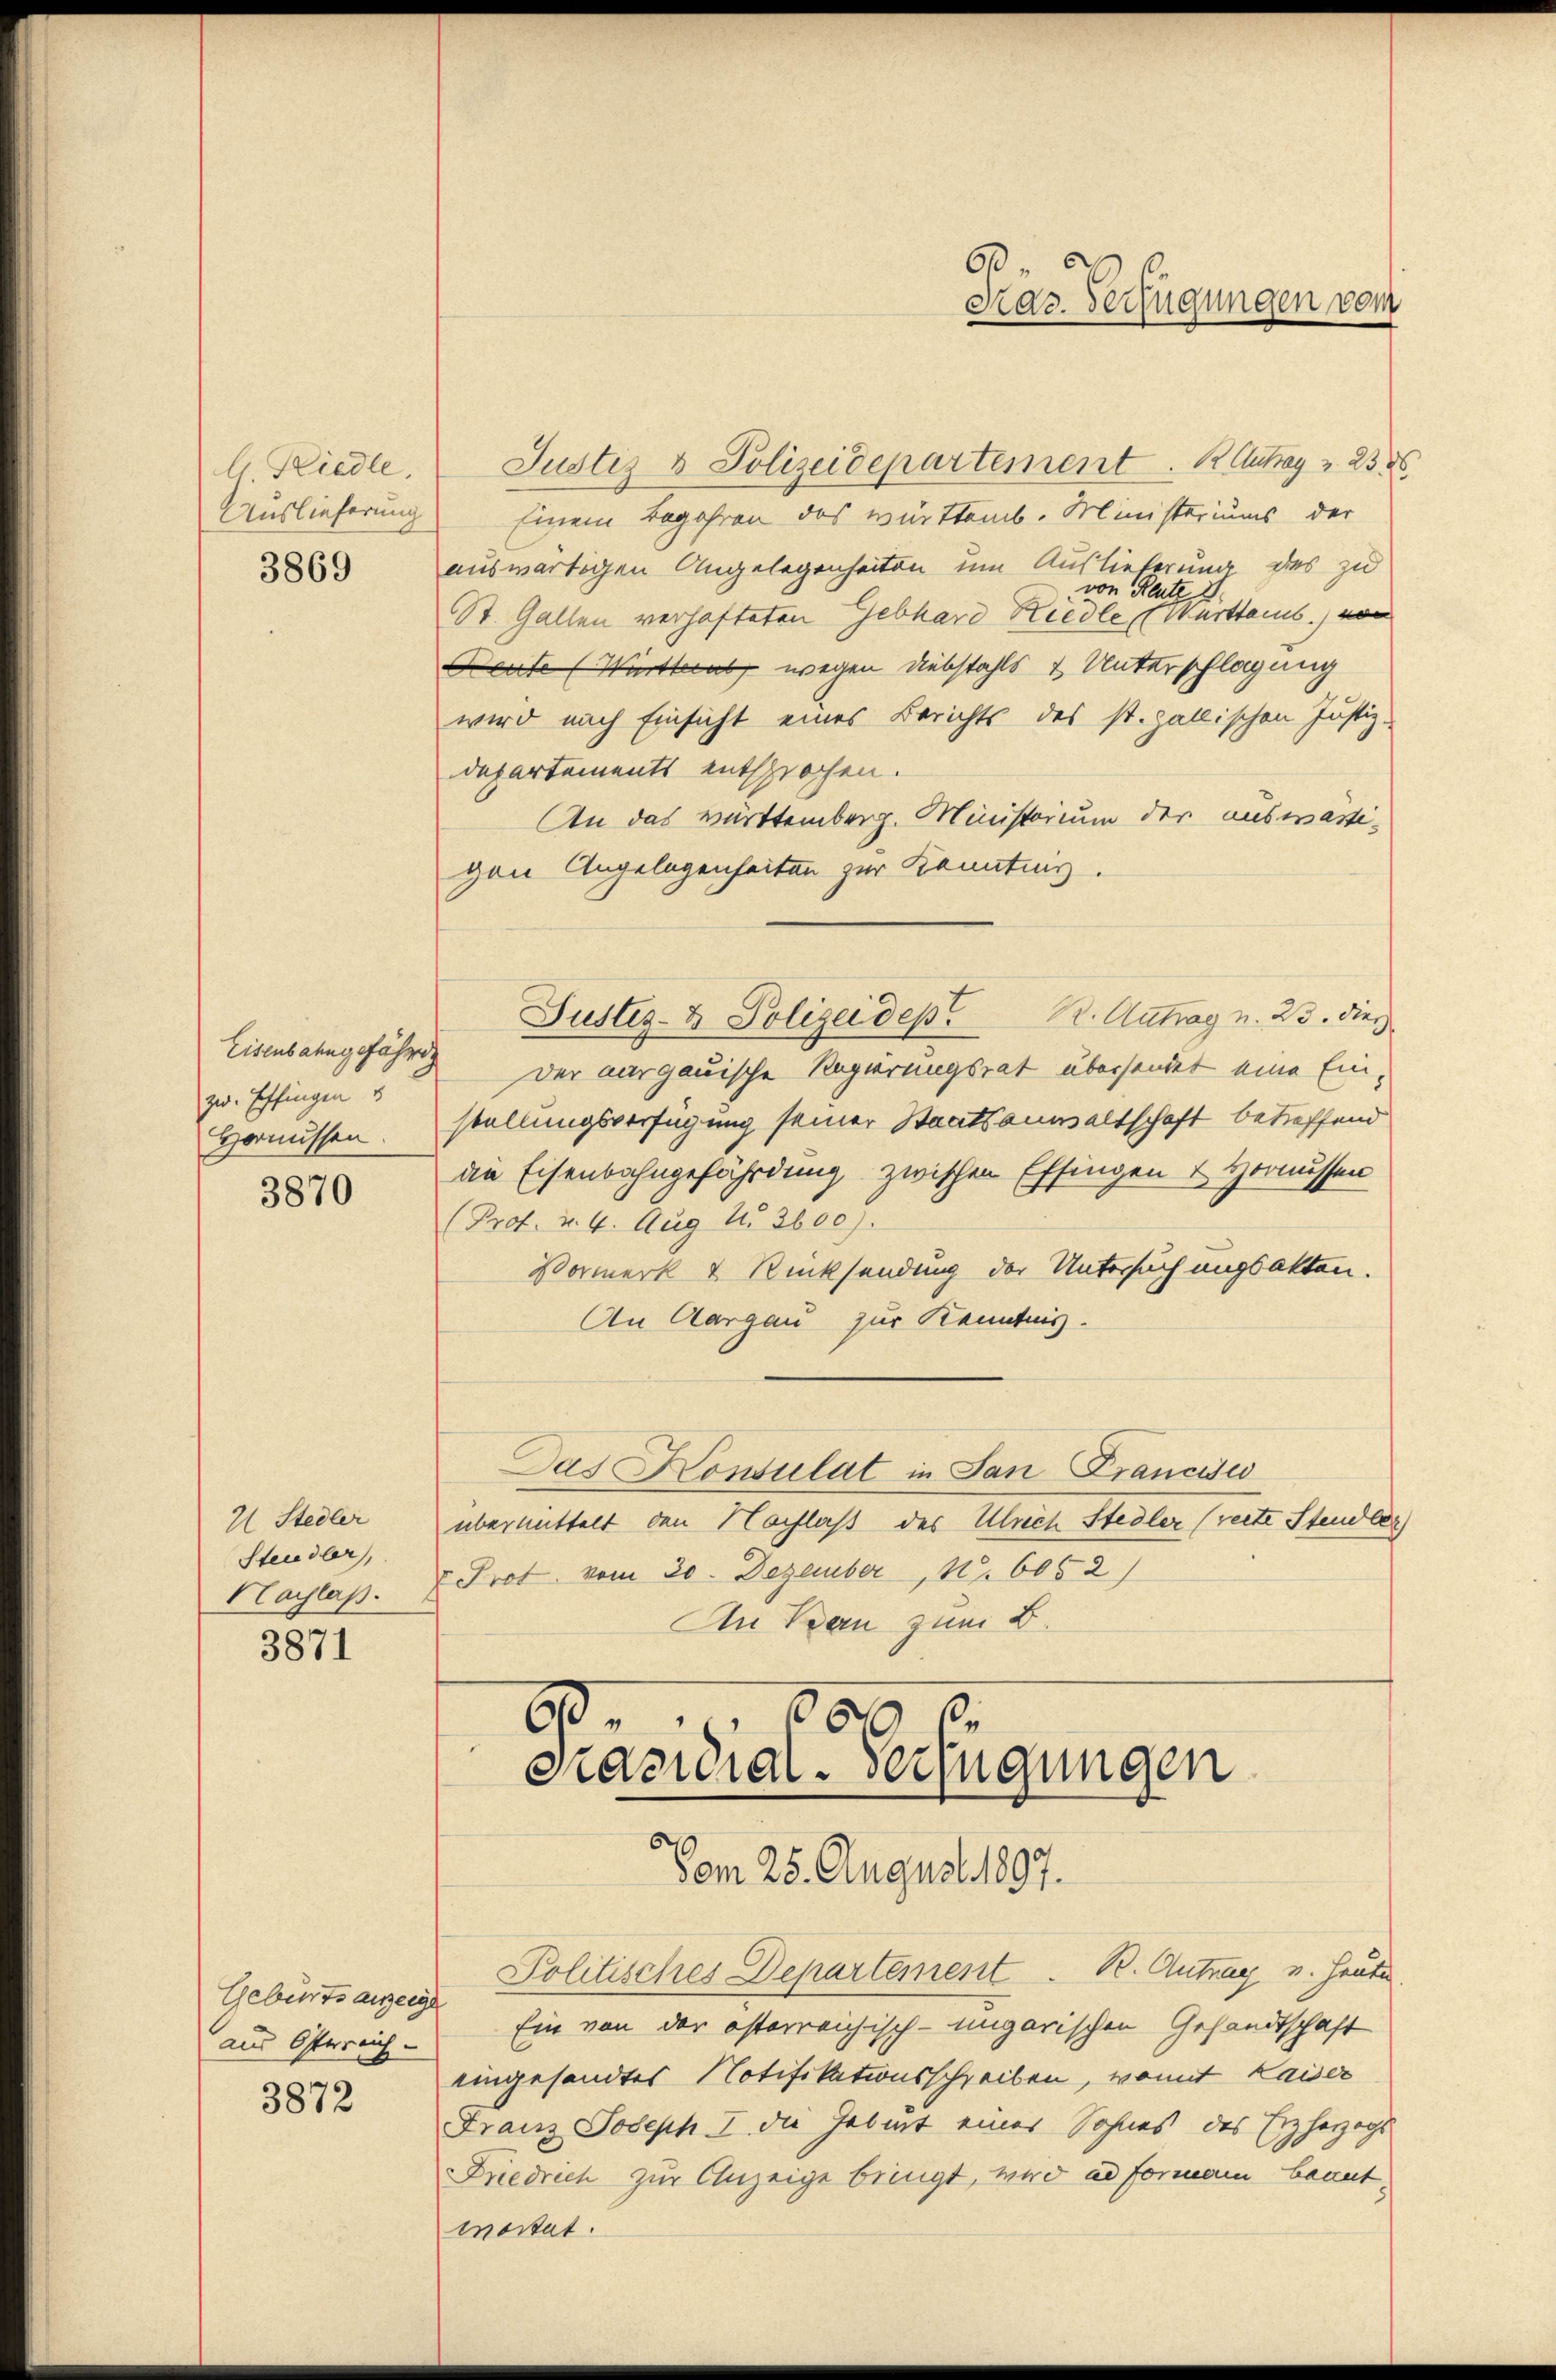
b Riedle,
Auslieferung
3869

zw. Effingen u
Henüssen.

3870

2 Stedler
Steidler,
Nachlaß.

3871

Geburtsanzeige
ams Österreich-
3872

Justiz & Polizeidepartement. K. Antrag z. 233
Einem Begehren des württemb. Ministeriums der
auswärtigen Angelegenheiten um Auslieferung des zu
von Reute
St. Gallen verhafteten Gebhard Riedle Württemb. von
Beute (Wirtherab, wegen Diebstahls & Unterschlagung
wird nach Einsicht eines Berichts des st. gallischen Justiz-
departements entsprochen.
An das Warttemberg. Ministorium der auswärtigen Angelegenheiten zur Kenntnis.
Eisenbahngefährig der aargauische Regierungsrat übersendet eine Einstellungsverfügung seiner Staatsanwaltschaft betreffend
die Eisenbahngefährdung zwischen Effingen & Hornussen
(Prof. v. 4. Aug. u. 3600).
Vormerk & Rücksendung der Untersuchungsakten.
An Aargau zur Kenntnis.
Das Konsulat in San Francisci
übermittelt den Nachlaß des Ulrich Stedler (recte Stendler
" Prot. vom 20. Dezember, 11. 6052)
An Bau zum B.
90.
20
Präsidial-Verfügungen
Vom 25. August 1897.
Politisches Departement. B. Antrag u. heute
Ein von der österreichisch-ungarischen Gesandtschaft
eingesandtes Notifikationsschreiben, womit Kaiser
Franz Joseph I. die Geburt eines Sohnes des Erzherzogs
Friedrich zur Anzeige bringt, wird ad Formani beantwortet.

6
Kaz. Verfügungen vom

Justiz- & Polizeidept. Antrag u. 23. dies